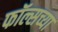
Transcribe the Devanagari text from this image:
फॉल्सच्या